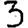
Digit: 3